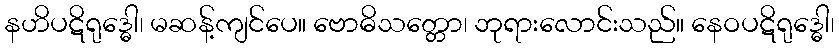
နဟိပဋိရုဒ္ဓေါ၊ မဆန့်ကျင်ပေ။ ဗောဓိသတ္တော၊ ဘုရားလောင်းသည်။ နေဝပဋိရုဒ္ဓေါ၊